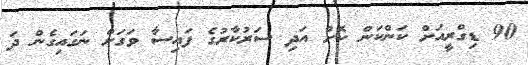
90 ޑިގްރީއަށް ކަންކަން ކޮށް އަދި ސަރުކާރުގެ ފައިސާ ވަގަށް ނަގައިގެން ދަ